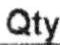
QTY